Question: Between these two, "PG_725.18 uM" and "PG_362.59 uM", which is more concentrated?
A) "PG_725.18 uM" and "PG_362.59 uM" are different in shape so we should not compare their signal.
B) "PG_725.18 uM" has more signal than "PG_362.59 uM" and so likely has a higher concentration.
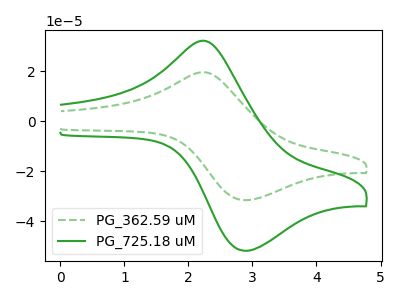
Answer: <think>The green dashed curve "PG_362.59 uM" has an anodic peak at (2.30V, 19.45uA) and a cathodic peak at (2.85V, -31.55uA). The green curve "PG_725.18 uM" has an anodic peak at (2.30V, 31.95uA) and a cathodic peak at (2.85V, -51.80uA).
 All the peaks in "PG_725.18 uM" have a peak in "PG_362.59 uM" at the same potential. Every peak in "PG_725.18 uM" is higher than every peak in "PG_362.59 uM".</think>
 <answer>B) "PG_725.18 uM" has more signal than "PG_362.59 uM" and so likely has a higher concentration.</answer>
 <eval>B</eval>